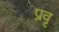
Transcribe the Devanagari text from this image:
प्रवृ